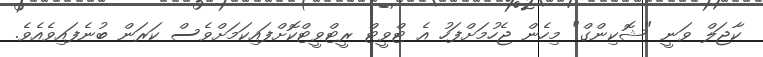
ކާޖަލް ވަނީ "ޝޮކިންގް" މިހެން ޖެހުމަށްފަހު އެ ޓްވީޓް ރީޓްވީޓްކޮށްފައިކަމަށްވެސް ކަރަން ބުނެފައިވެއެވެ.